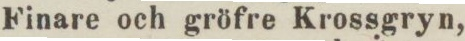
Finare och gröfre Krossgryn,